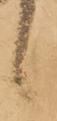
候